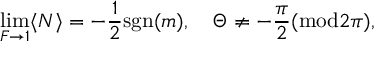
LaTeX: \operatorname * { l i m } _ { F \to 1 } \langle N \rangle = - { \frac { 1 } { 2 } } \mathrm { s g n } ( m ) , \quad \Theta \neq - \frac { \pi } { 2 } ( \mathrm { m o d } 2 \pi ) ,